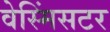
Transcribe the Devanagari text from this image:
वेस्मिंसटर